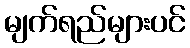
မျက်ရည်များပင်